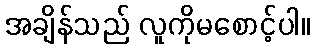
အချိန်သည် လူကိုမစောင့်ပါ။